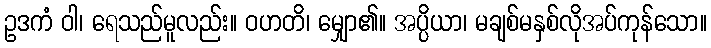
ဥဒကံ ဝါ၊ ရေသည်မူလည်း။ ဝဟတိ၊ မျှော၏။ အပ္ပိယာ၊ မချစ်မနှစ်လိုအပ်ကုန်သော။